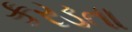
કરડતા